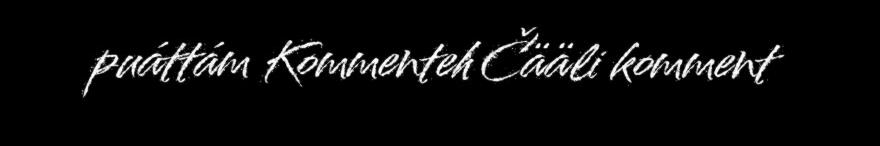
puáttám Kommenteh Čääli komment